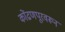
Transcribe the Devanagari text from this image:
कोंढणपूरवरून